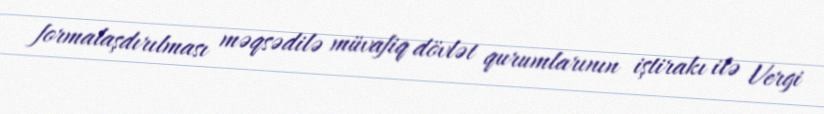
formalaşdırılması məqsədilə müvafiq dövlət qurumlarının iştirakı ilə Vergi